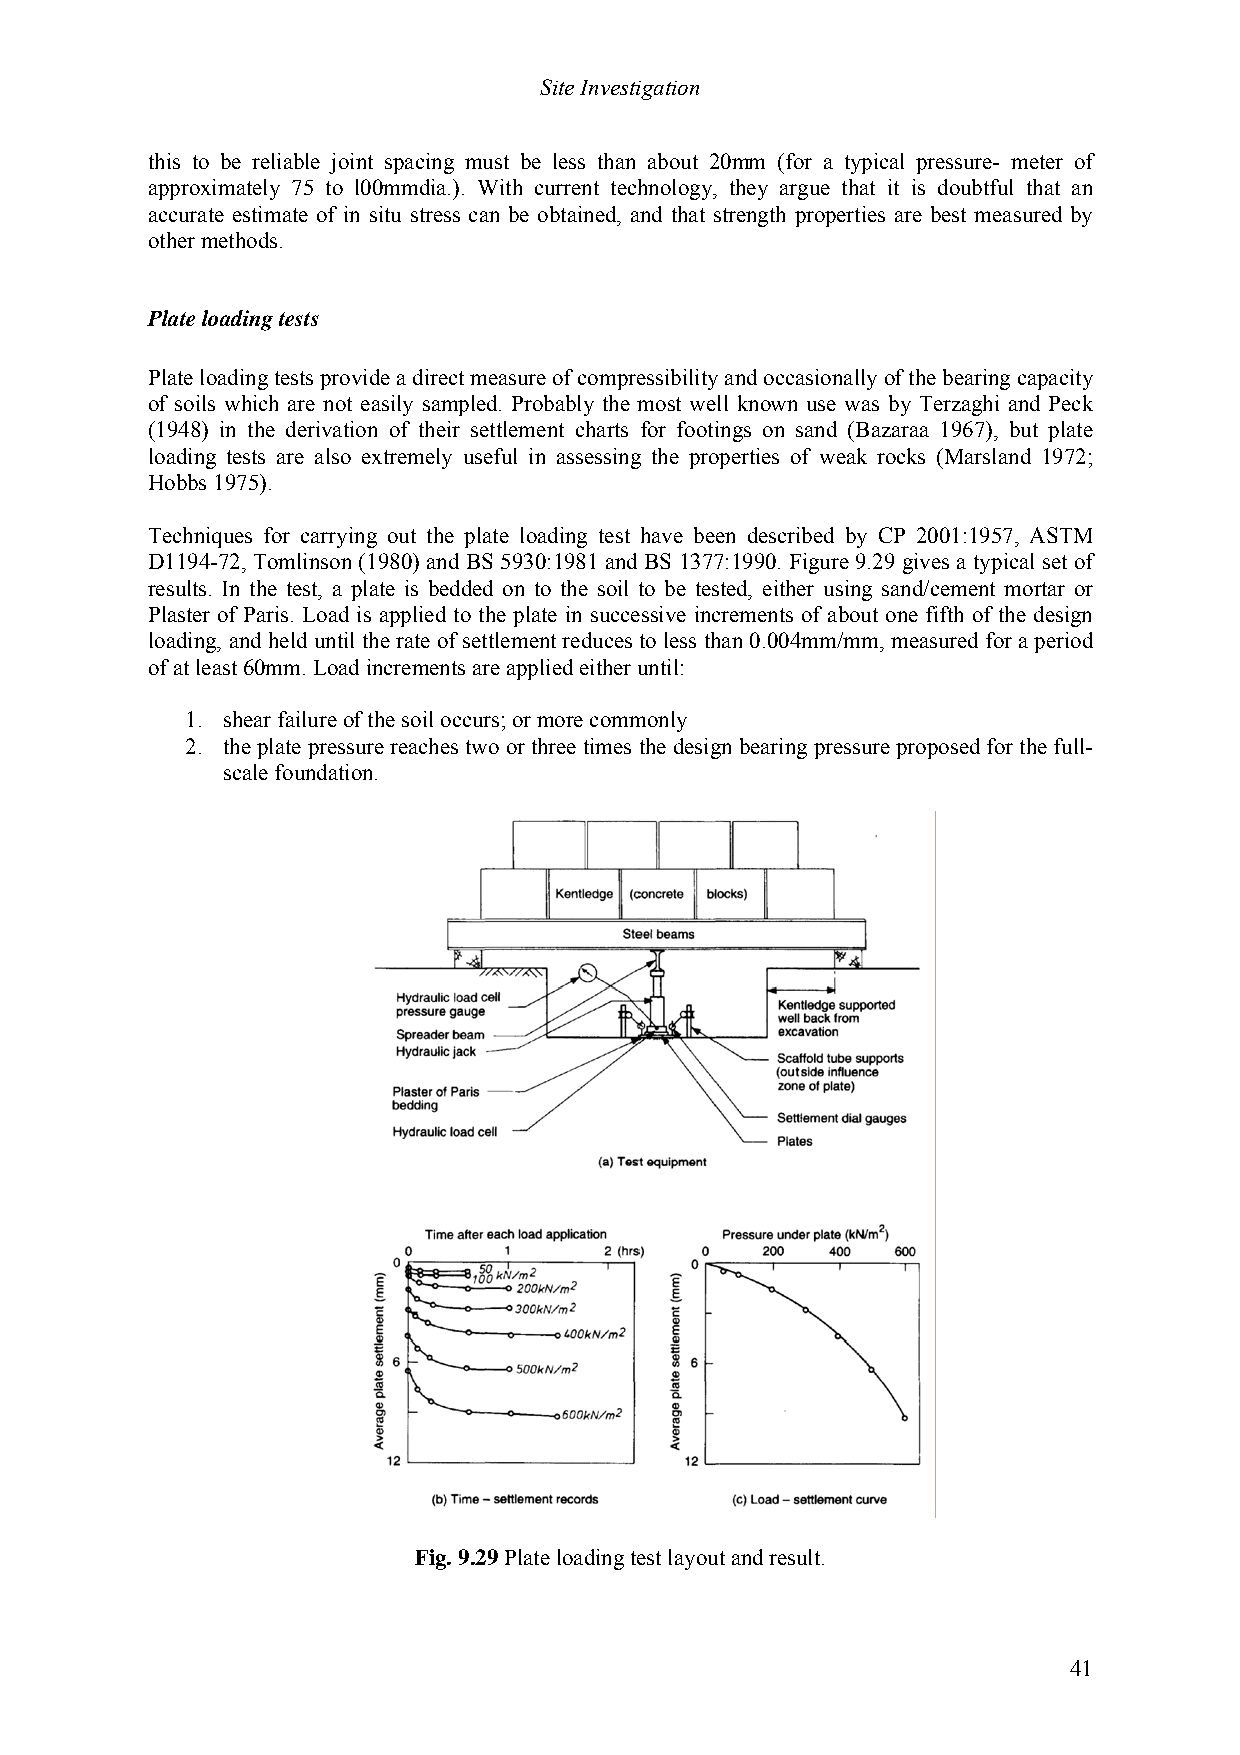
Site Investigation
 this to be reliable joint spacing must be less than about 20mm (for a typical pressure- meter of
 approximately 75 to l00mmdia.). With current technology, they argue that it is doubtful that an
 accurate estimate of in situ stress can be obtained, and that strength properties are best measured by
 other methods.
 Plate loading tests
 Plate loading tests provide a direct measure of compressibility and occasionally of the bearing capacity
 of soils which are not easily sampled. Probably the most well known use was by Terzaghi and Peck
 (1948) in the derivation of their settlement charts for footings on sand (Bazaraa 1967), but plate
 loading tests are also extremely useful in assessing the properties of weak rocks (Marsland 1972;
 Hobbs 1975).
 Techniques for carrying out the plate loading test have been described by CP 2001:1957, ASTM
 D1194-72, Tomlinson (1980) and BS 5930:1981 and BS 1377:1990. Figure 9.29 gives a typical set of
 results. In the test, a plate is bedded on to the soil to be tested, either using sand/cement mortar or
 Plaster of Paris. Load is applied to the plate in successive increments of about one fifth of the design
 loading, and held until the rate of settlement reduces to less than 0.004mm/mm, measured for a period
 of at least 60mm. Load increments are applied either until:
 1. shear failure of the soil occurs; or more commonly
 2. the plate pressure reaches two or three times the design bearing pressure proposed for the full-
 scale foundation.
 Fig. 9.29 Plate loading test layout and result.
 41